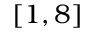
[ 1 , 8 ]